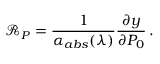
\mathscr { R } _ { P } = \frac { 1 } { \alpha _ { a b s } ( \lambda ) } \frac { \partial { y } } { \partial { P _ { 0 } } } \, .